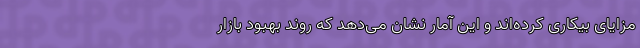
مزایای بیکاری کرده‌اند و این آمار نشان می‌دهد که روند بهبود بازار